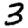
Digit: 3